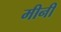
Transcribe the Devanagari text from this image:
मीनी